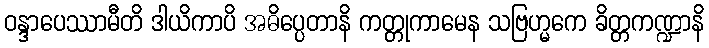
ဝန္ဒာပေဿာမီတိ ဒါယိကာပိ အဓိပ္ပေတာနိ ကတ္တုကာမေန သဗြဟ္မကေ ခိတ္တကဏ္ဍာနိ